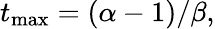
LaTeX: t_{\mathrm{max}}=(\alpha-1)/\beta,